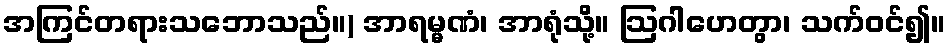
အကြင်တရားသဘောသည်။) အာရမ္မဏံ၊ အာရုံသို့။ ဩဂါဟေတွာ၊ သက်ဝင်၍။